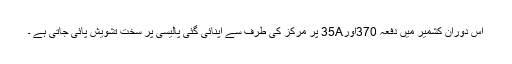
اس دوران کشمیر میں دفعہ 370اور35A پر مرکز کی طرف سے اپنائی گئی پالیسی پر سخت تشویش پائی جاتی ہے ۔